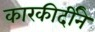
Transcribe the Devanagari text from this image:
कारकीर्दीने